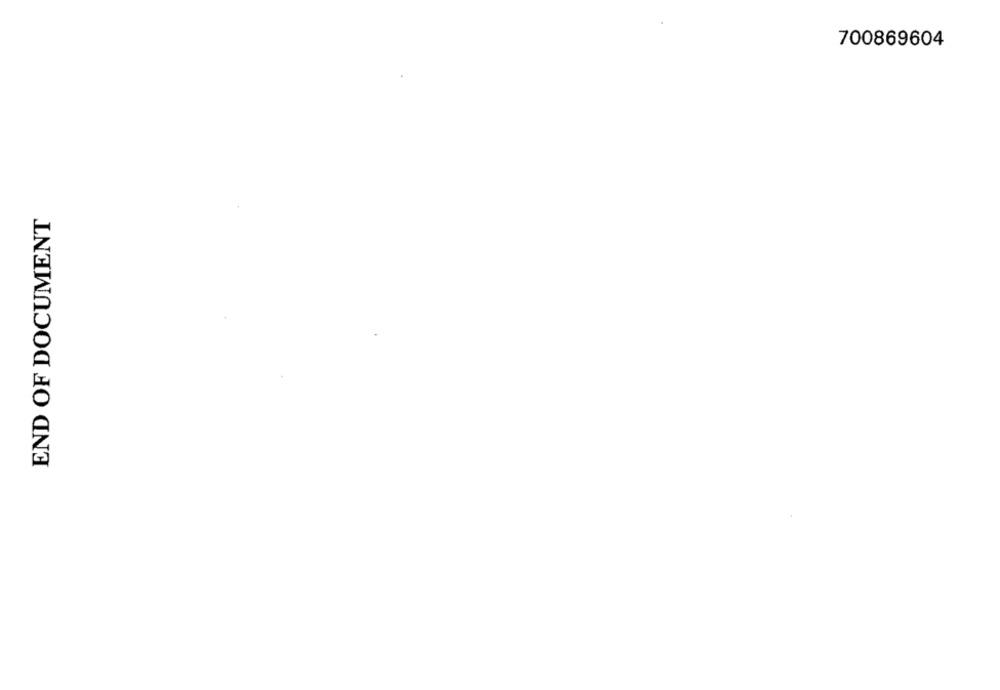
700869604
END OF DOCUMENT